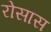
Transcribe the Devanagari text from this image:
रोसास